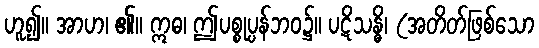
ဟူ၍။ အာဟ၊ ၏။ ဣဓ၊ ဤပစ္စုပ္ပန်ဘဝ၌။ ပဋိသန္ဓိ၊ (အတိတ်ဖြစ်သော